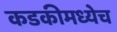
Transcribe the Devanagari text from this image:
कडकीमध्येच